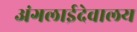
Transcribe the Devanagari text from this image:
अंगलाईदेवालय